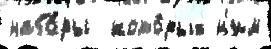
набо́ры  кото́рых н'им